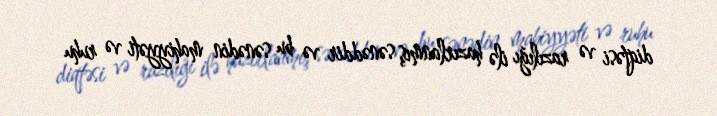
diqtəsi və razılığı ilə hazırlanmış sənəddir və bu sənədin mahiyyəti və ruhu